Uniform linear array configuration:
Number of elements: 24
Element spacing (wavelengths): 1
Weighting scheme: blackman
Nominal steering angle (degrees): -30
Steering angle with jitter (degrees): -30.21
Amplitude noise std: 0.05
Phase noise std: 0.05

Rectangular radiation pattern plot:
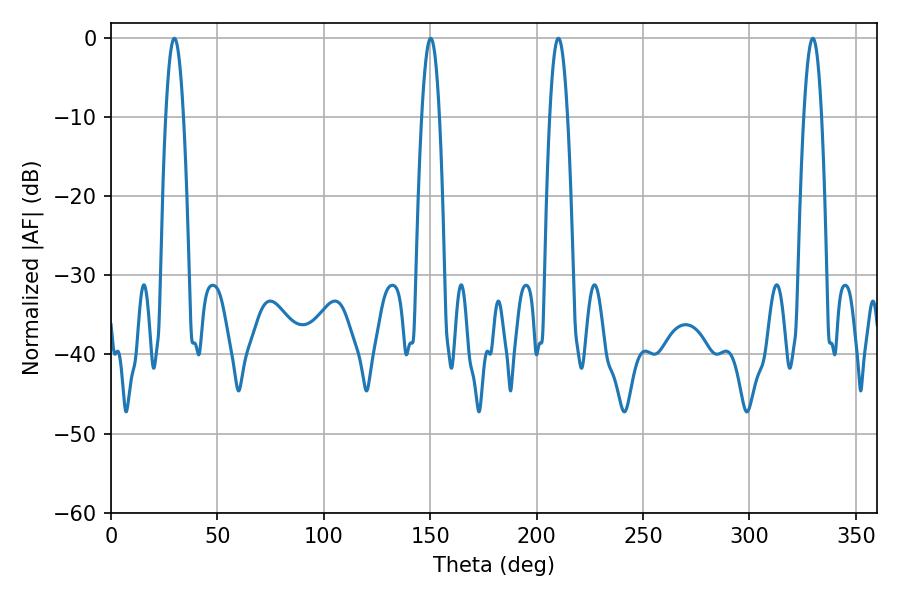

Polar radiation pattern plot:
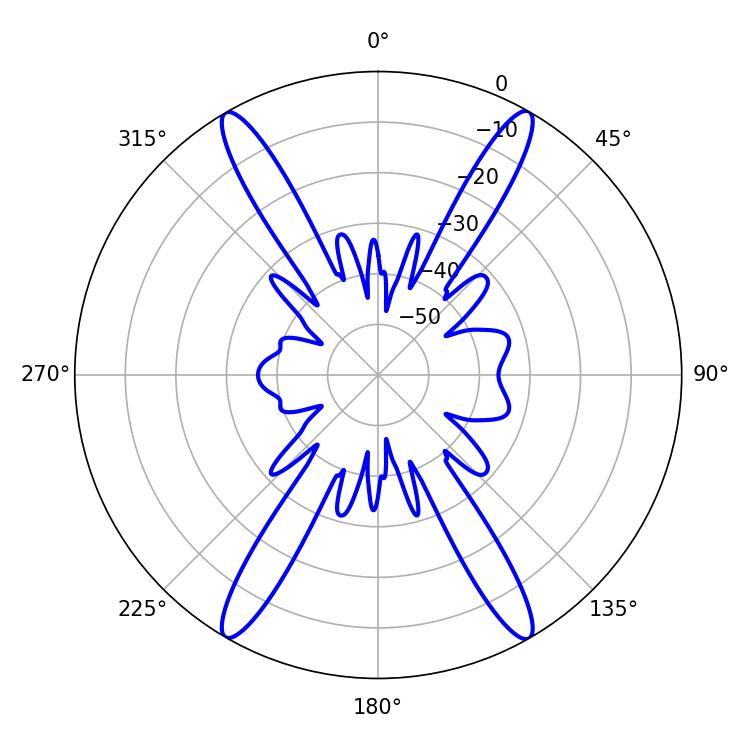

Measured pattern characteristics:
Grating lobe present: TRUE
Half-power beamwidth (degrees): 4.68
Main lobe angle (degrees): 210.24